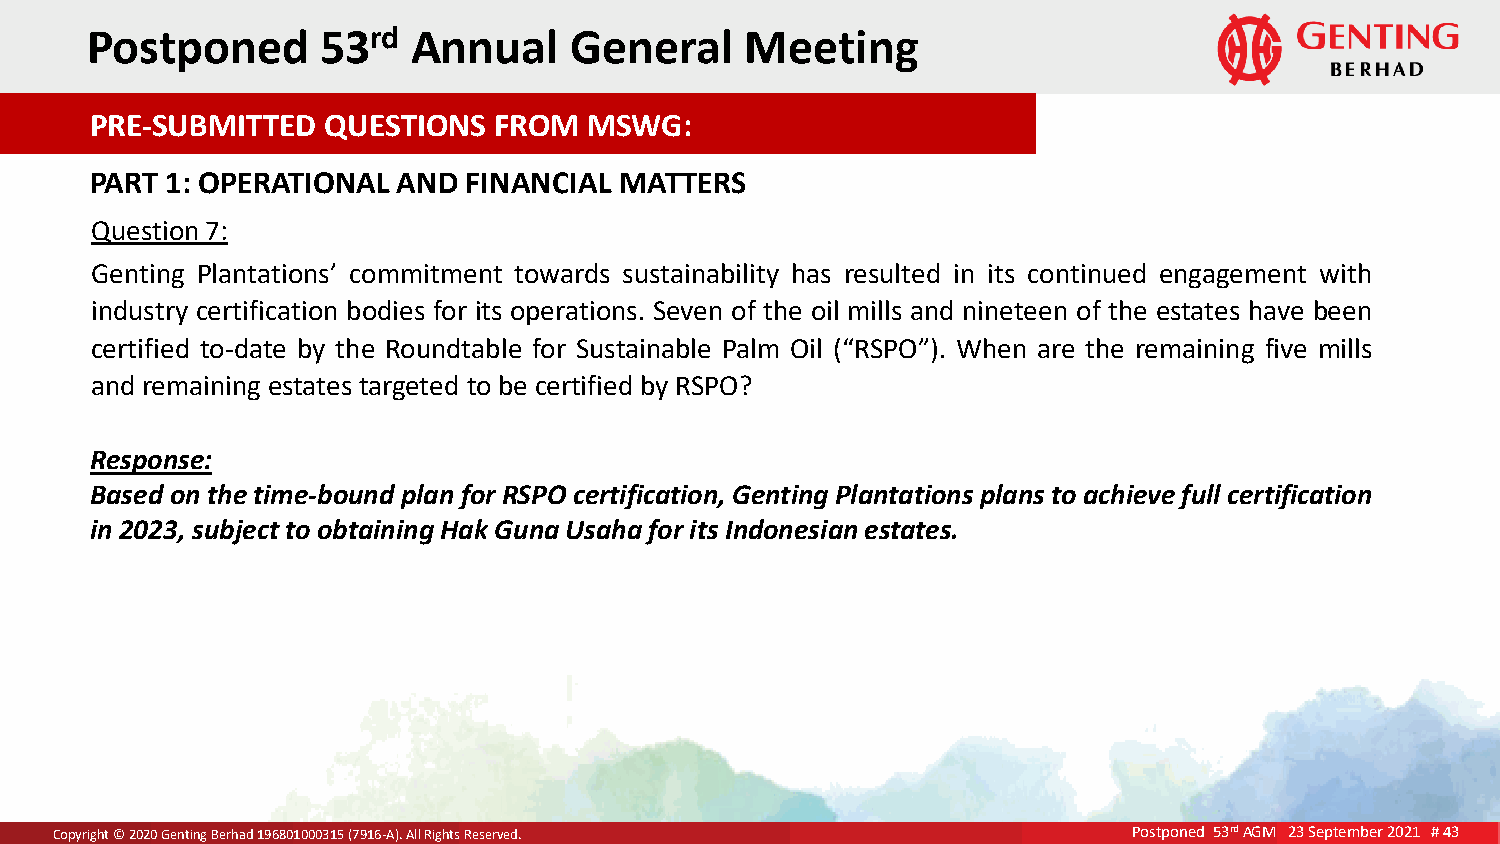
P ost poned    53rd  Annual     General    Meeting
 PRE-SUBMITTED  QUESTIONS   FROM  MSWG:
 PART 1: OPERATIONAL AND  FINANCIAL MATTERS
 Question 7:
 Genting Plantations’ commitment towards sustainability has resulted in its continued engagement with
 industry certification bodies for its operations. Seven of the oil mills and nineteen of the estates have been
 certified to-date by the Roundtable for Sustainable Palm Oil (“RSPO”). When are the remaining five mills
 and remaining estates targeted to be certified by RSPO?
 Response:
 Based on the time-bound plan for RSPO certification, Genting Plantations plans to achieve full certification
 in 2023, subject to obtaining Hak Guna Usaha for its Indonesian estates.
 CCooppyCyrorigipghyhtr it©g ©h 2t 0©220 022 0G02e 0Gn tGeinnegnt itBnineggr h BBaeedrr hh1a9ad6d 8 110919606800801030110500 03(7019531 1(675-9A (1)7.6 9A-A1ll)6 .R -AiAglhl) .Rt sAi gRlhle tRsse iRgrevhestedsr .Rv eeds.e rved. Postponed 53rd AGM 23 September 2021 # 43